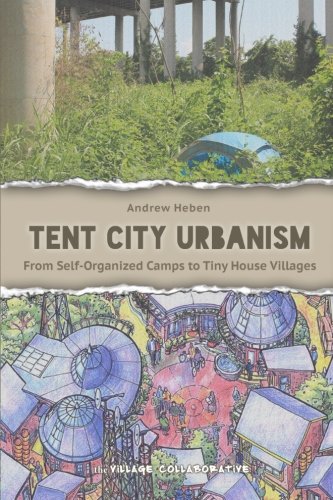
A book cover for Tent City Urbanism: From Self-Organized Camps to Tiny House Villages; Andrew Heben; Arts & Photography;